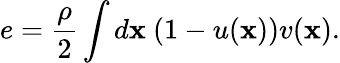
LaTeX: e=\frac\rho 2\int d\mathbf x\ (1-u(\mathbf x))v(\mathbf x).